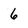
Character: 6